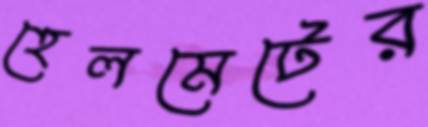
হেলমেটের